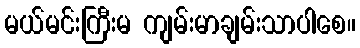
မယ်မင်းကြီးမ ကျမ်းမာချမ်းသာပါစေ။